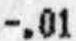
-.01